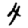
Digit: 4